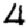
Digit: 4